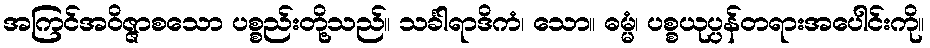
အကြင်အဝိဇ္ဇာစသော ပစ္စည်းတို့သည်။ သင်္ခါရာဒိကံ၊ သော။ ဓမ္မံ၊ ပစ္စယုပ္ပန်တရားအပေါင်းကို။